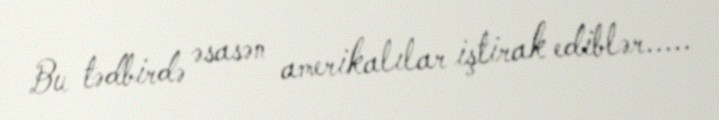
Bu tədbirdə əsasən amerikalılar iştirak ediblər.....